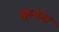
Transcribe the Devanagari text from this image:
इंग्लंडः